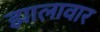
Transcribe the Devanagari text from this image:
झालावार